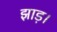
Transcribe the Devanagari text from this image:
झाड़।